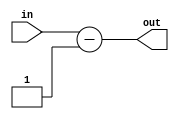
`timescale 1ns / 1ps
//////////////////////////////////////////////////////////////////////////////////
// Company: 
// Engineer: 
// 
// Design Name: 
// Module Name:    Left_Shift2 
// Project Name: 
// Target Devices: 
// Tool versions: 
// Description: 
//
// Dependencies: 
//
// Revision: 
// Revision 0.01 - File Created
// Additional Comments: 
//
//////////////////////////////////////////////////////////////////////////////////
module Left_Shift2(
	input wire [31:0]in,
	output reg [31:0]out
);
	 	 
always@(*)
begin
/*
	if(in[31] == 1)
		out <= in-1;
	else
		out <= in+1;
		*/
	out <= in-1;	
	//out <= in << 2;
end

endmodule